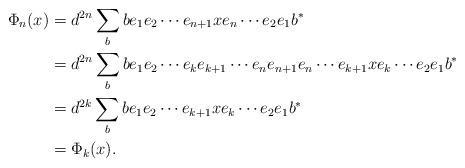
LaTeX: \begin{align*}\Phi_n(x) &= d^{2n} \sum_{b} b e_1 e_2\cdots e_{n+1} x e_n \cdots e_2 e_1 b^*\\&= d^{2n} \sum_{b} b e_1 e_2\cdots e_ke_{k+1}\cdots e_ne_{n+1} e_n\cdots e_{k+1}x e_k \cdots e_2 e_1 b^*\\&= d^{2k} \sum_{b} b e_1 e_2\cdots e_{k+1} x e_k \cdots e_2 e_1 b^*\\&= \Phi_k(x).\end{align*}